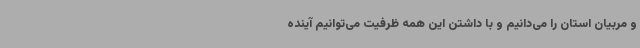
و مربیان استان را می‌دانیم و با داشتن این همه ظرفیت می‌توانیم آینده